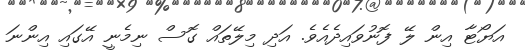
އަޔޯޓާ އިން ލޭ ފޮނުވައިދެއެވެ. އަދި މިލޭތައް ގޮސް ނިމެނީ އޭގައި އިންނަ